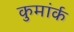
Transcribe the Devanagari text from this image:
कुमांर्क